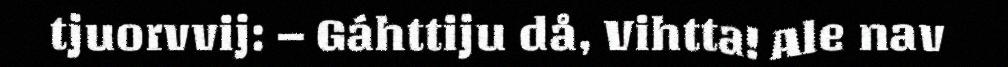
tjuorvvij: – Gáhttiju då, Vihtta! Ale nav